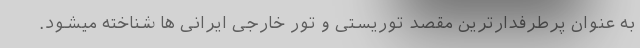
به عنوان پرطرفدارترین مقصد توریستی و تور خارجی ایرانی ها شناخته میشود.